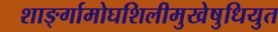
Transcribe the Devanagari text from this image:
शार्ङ्गामोघशिलीमुखेषुधियुत